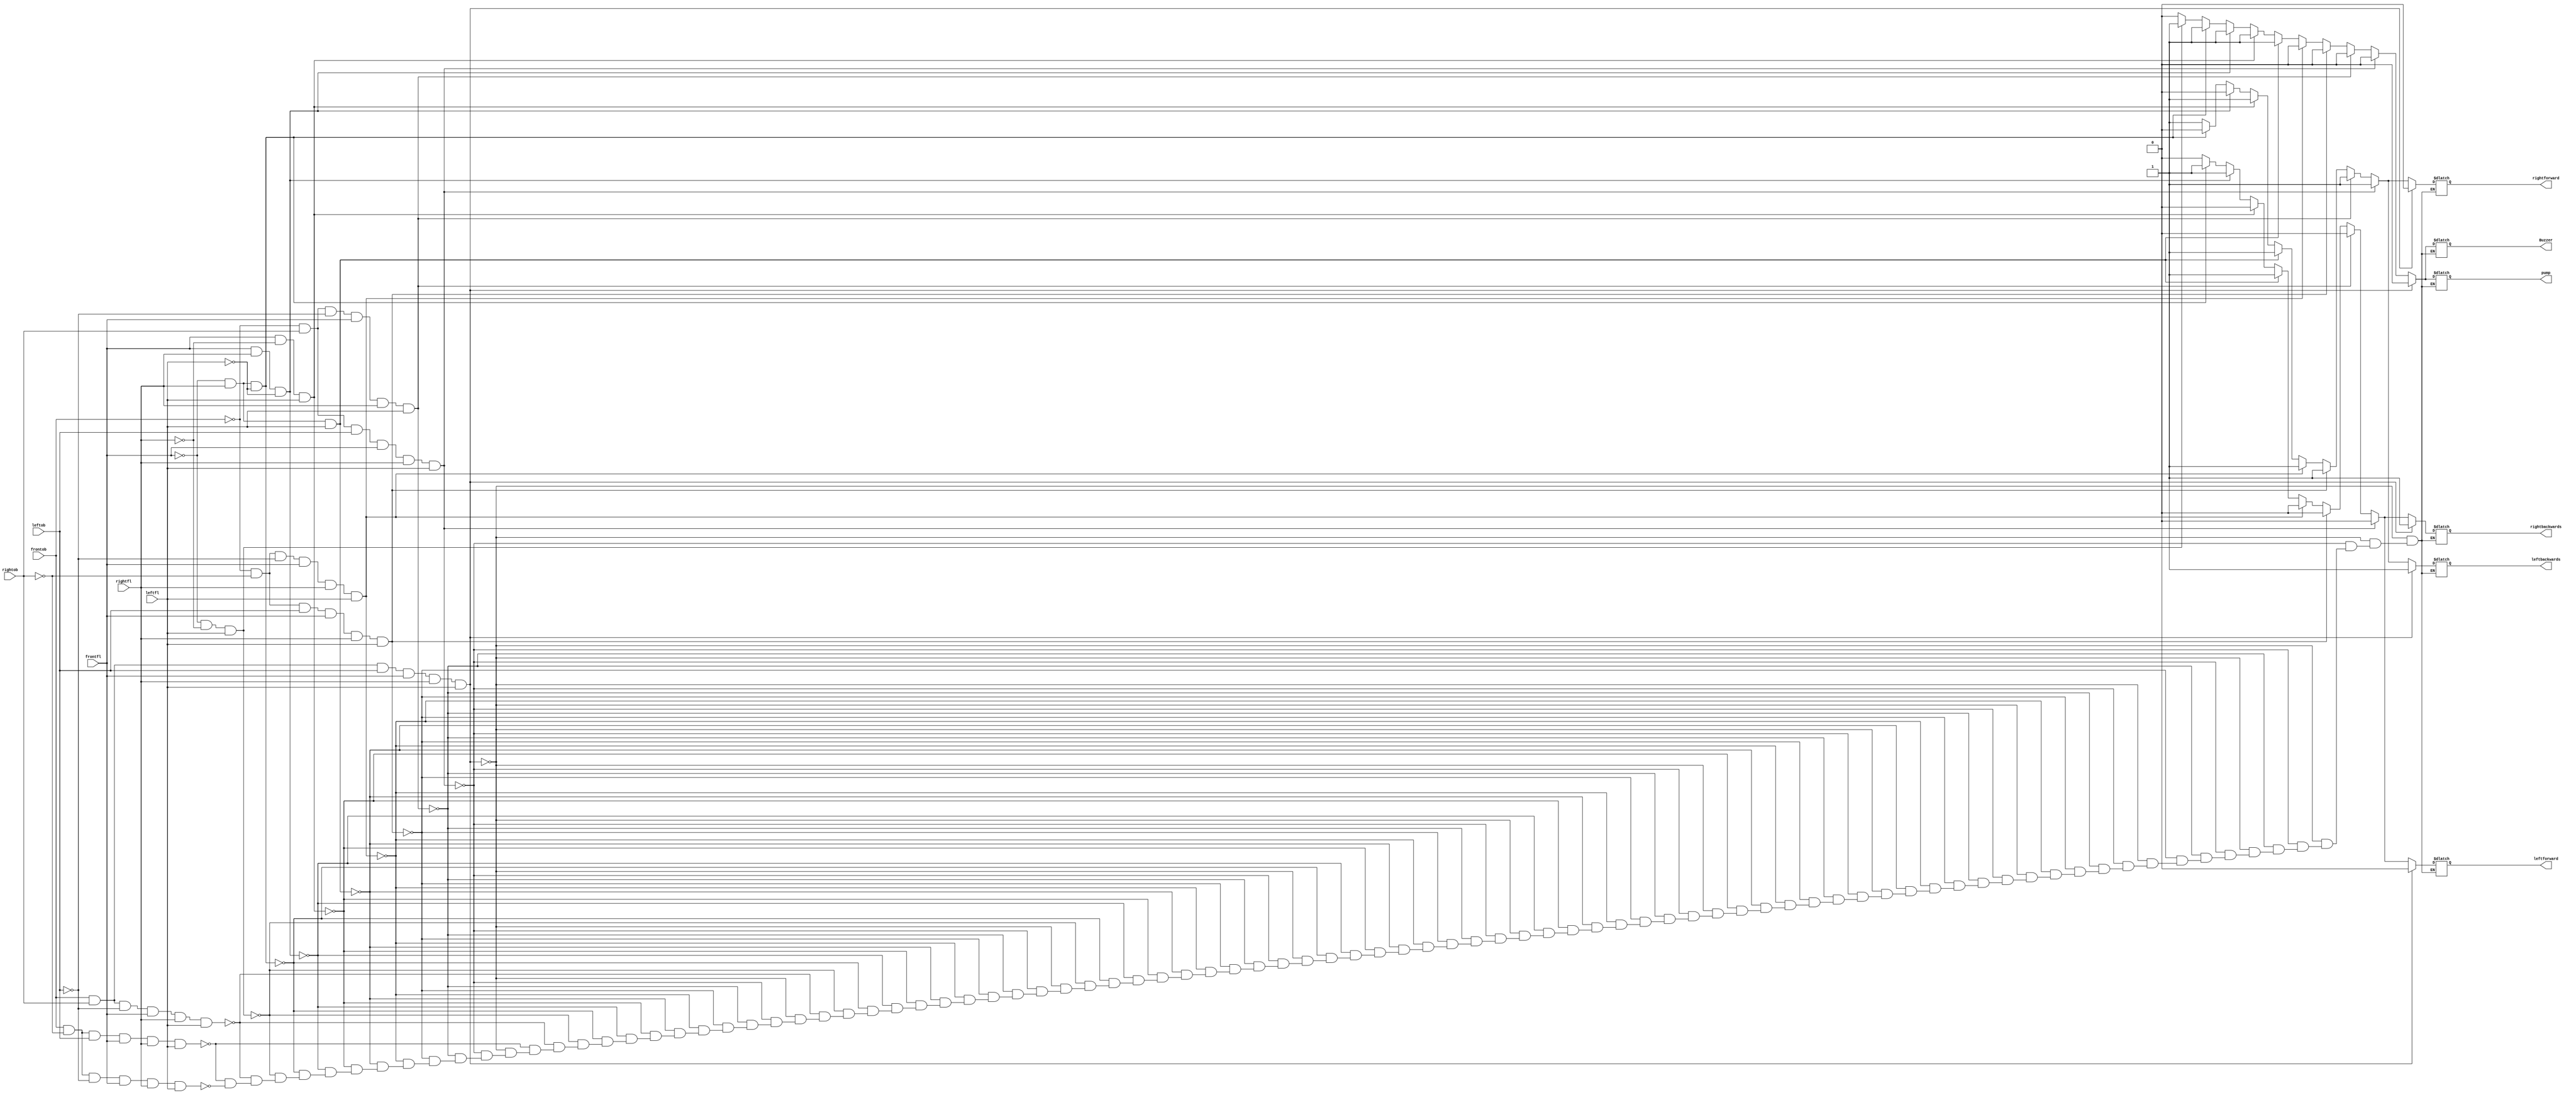
module motortrials (leftbackwards,rightbackwards, leftforward, rightforward,
							frontob,rightob,leftob,frontfl,rightfl,leftfl, Buzzer ,pump);
output reg leftbackwards;
output reg rightbackwards;
output reg leftforward;
output reg rightforward;
output reg Buzzer;
output reg pump;
input frontob,rightob,leftob,frontfl,rightfl,leftfl;


always @(*)
begin

if((frontob == 1) & (rightob == 1) & (leftob == 1) & frontfl == 1 & rightfl == 1 & leftfl == 1)
	begin
		rightforward = 0;
		leftforward = 0;
		rightbackwards = 1;
		leftbackwards = 1;
		Buzzer = 0;
		pump = 0;
	end
	
	
		
	

else
	begin
		if((frontob == 0) & (rightob == 1) & (leftob == 1) & frontfl == 1 & rightfl == 1 & leftfl == 1)
				begin
				rightforward = 1;
				leftforward = 0;
				rightbackwards = 0;
				leftbackwards = 1;
				Buzzer = 0;
				pump = 0;
				end
			else
			begin
					if((frontob == 0) & (rightob == 1) & (leftob == 0) & frontfl == 1 & rightfl == 1 & leftfl == 1)
						begin
						rightforward = 1;
						leftforward = 0;
						rightbackwards = 0;
						leftbackwards =1;
						Buzzer = 0;
                  pump = 0;
						end
						
			   	else 
					begin
						  if((frontob == 0) & (rightob == 0) & (leftob == 1) & frontfl == 1 & rightfl == 1 & leftfl == 1)
								begin
								  rightforward = 1;
								  leftforward = 0;
								  rightbackwards = 0;
								  leftbackwards =1;
								  Buzzer = 0;
                          pump = 0;
							   end
						else 
							begin
							  if((frontob == 0) & (rightob == 0) & (leftob == 0) & frontfl == 1 & rightfl == 1 & leftfl == 1)
								  begin
								  rightforward = 1;
								  leftforward = 0;
								  rightbackwards = 0;
								  leftbackwards =1;
									Buzzer = 0;
                          pump = 0;
								  end
								  else
								  begin
								    if(frontfl == 0 & rightfl == 1 & leftfl == 1)
										begin
												rightforward = 1;
												leftforward = 1;
												rightbackwards = 1;
												leftbackwards = 1;
												Buzzer = 1;
												pump = 1;
										end
										else
										begin 
													
											if(frontfl == 1 & rightfl == 0 & leftfl == 1)
												begin
														rightforward = 1;
														leftforward = 0;                
														rightbackwards = 0;
														leftbackwards = 1;
														Buzzer = 1;
														pump = 1;
												end
												
											else
											begin
												if(frontfl == 1  & rightfl == 1 & leftfl == 0)
													begin
															rightforward = 0;
															leftforward = 1;
															rightbackwards = 1;          
															leftbackwards = 0;
															Buzzer = 1;
															pump = 1;
												   end
													
													else
														begin
														    if(frontfl == 0  & rightfl == 1 & leftfl == 0)
													        begin
																	rightforward = 0;
																	leftforward = 1;
																	rightbackwards = 1;          
																	leftbackwards = 0;
																	Buzzer = 1;
																	pump = 1;
												         end
														    
															else
															begin
															  if(frontfl == 0  & rightfl == 0 & leftfl == 1)
													                begin
																	rightforward = 1;
																	leftforward = 0;
																	rightbackwards = 0;          
																	leftbackwards = 1;
																	Buzzer = 1;
																	pump = 1;
												                  end
																		
																		else
																		begin
																		if((frontob == 1) & (rightob == 1) & (leftob == 0) & frontfl == 1 & rightfl == 1 & leftfl == 1)
																			begin
																			  rightforward = 1;
																			  leftforward = 0;
																			  rightbackwards = 0;
																			  leftbackwards =1;
																			  Buzzer = 0;
																			  pump = 0;
																			end
																			else
																			begin
																			if((frontob == 1) & (rightob == 0) & (leftob == 1) & frontfl == 1 & rightfl == 1 & leftfl == 1)
																			begin
																			  rightforward = 1;
																			  leftforward = 0;
																			  rightbackwards = 0;
																			  leftbackwards =1;
																			  Buzzer = 0;
																			  pump = 0;
																			end
																			else
																			begin
																			if((frontob == 1) & (rightob == 0) & (leftob == 0) & frontfl == 1 & rightfl == 1 & leftfl == 1)
																			begin
																			  rightforward = 1;
																			  leftforward = 0;
																			  rightbackwards = 0;
																			  leftbackwards =1;
																			  Buzzer = 0;
																			  pump = 0;
																			end
																			end
																			
																			end
																		
																		end
															end
															 
														
														end
												
													
										end
									end
								end
							end
						end
				   end
	         end			
end

	
endmodule